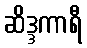
ဆိဒ္ဒကာရီ